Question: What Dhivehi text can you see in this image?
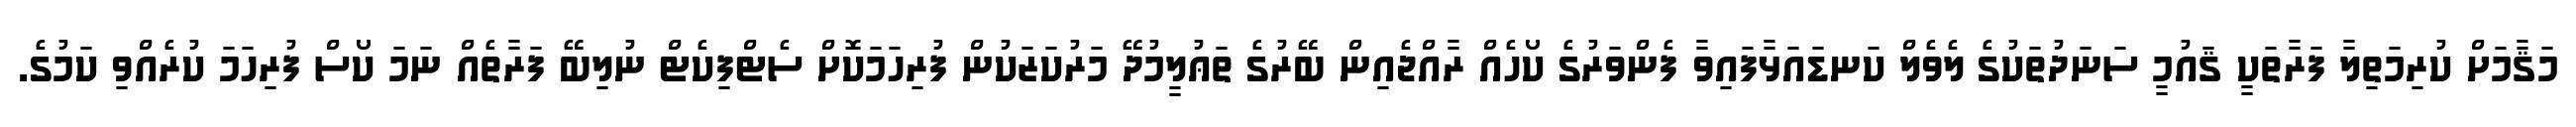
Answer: މަޤާމަށް ކުރިމަތިލާ ފަރާތަކީ ޤައުމީ ސަނަދުތަކުގެ ލެވެލް ކަނޑައަޅާފައިވާ ފެންވަރުގެ ކޯހެއް ރާއްޖެއިން ބޭރުގެ ތަޢުލީމުދޭ މަރުކަޒަކުން ފުރިހަމަކޮށް ސެޓްފިކެޓް ނުލިބޭ ފަރާތެއް ނަމަ ކޯސް ފުރިހަމަ ކުރެއްވި ކަމުގެ.